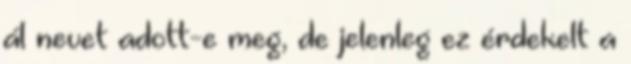
ál nevet adott-e meg, de jelenleg ez érdekelt a